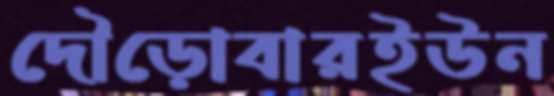
দৌড়োবারইউন